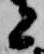
者